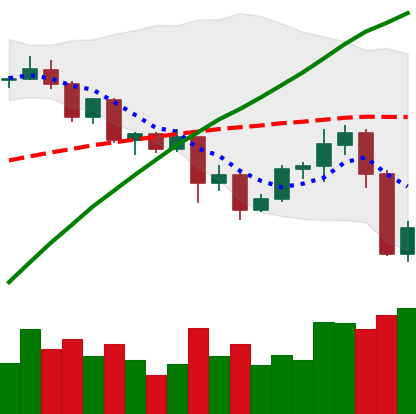
Ticker: ADA-USD
Chart end date: 2020-09-04
Forward return: -8.879%
Label: down_7plus